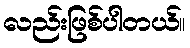
လည်းဖြစ်ပါတယ်။